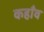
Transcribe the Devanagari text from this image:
कहाँव